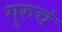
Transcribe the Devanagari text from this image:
गुरुचं